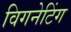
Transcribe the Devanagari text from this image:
विगनेटिंग